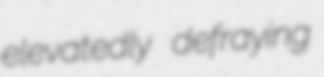
elevatedly defraying